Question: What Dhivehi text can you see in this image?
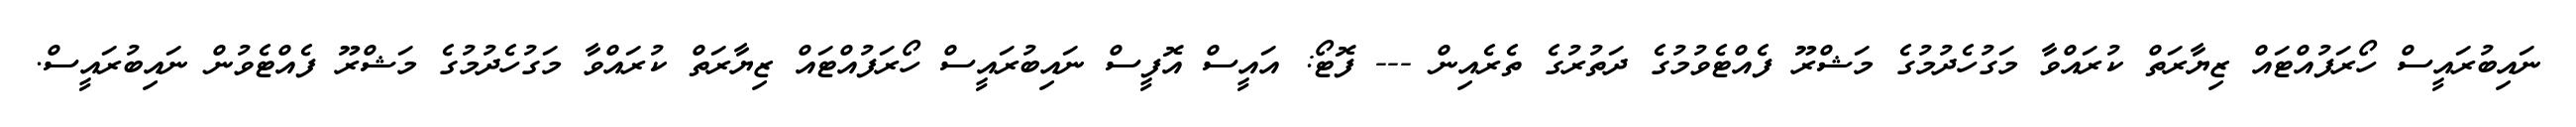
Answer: ނައިބުރައީސް ހޯރަފުއްޓައް ޒިޔާރަތް ކުރައްވާ މަގުހެދުމުގެ މަޝްރޫ ފެއްޓެވުމުގެ ދަތުރުގެ ތެރެއިން --- ފޮޓޯ: އައީސް އޮފީސް ނައިބުރައީސް ހޯރަފުއްޓައް ޒިޔާރަތް ކުރައްވާ މަގުހެދުމުގެ މަޝްރޫ ފެއްޓެވުން ނައިބުރައީސް.